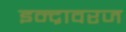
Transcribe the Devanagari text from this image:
इन्द्रावरज